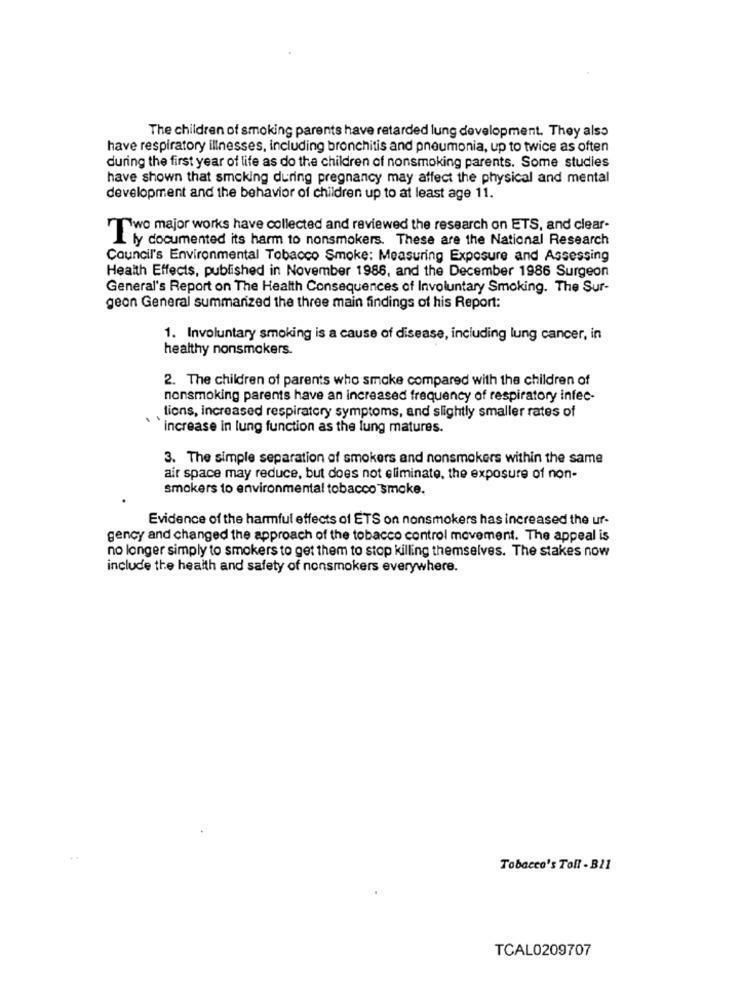
The children of smoking parents have retarded lung development. They also
have respiratory illnesses, including bronchitis and pneumonia, up to twice as often
during the first year of life as do the children of nonsmoking parents. Some studies
have shown that smoking during pregnancy may affect the physical and mental
development and the behavior of children up to at least age 11.
Two major works have collected and reviewed the research on ETS, and clear-
Lly documented its harm to nonsmokers. These are the National Research
Council's Environmental Tobacco Smoke: Measuring Exposure and Assessing
Health Effects, published in November 1986, and the December 1986 Surgeon
General's Report on The Health Consequences of Involuntary Smoking. The Sur-
geon General summarized the three main findings of his Report:
1. Involuntary smoking is a cause of disease, including lung cancer, in
healthy nonsmokers.
2. The children of parents who smoke compared with the children of
nonsmoking parents have an increased frequency of respiratory infec-
tions, increased respiratory symptoms, and slightly smaller rates of
increase in lung function as the lung matures.
3. The simple separation of smokers and nonsmokers within the same
air space may reduce, but does not eliminate, the exposure of non-
smokers to environmental tobacco smoke.
Evidence of the harmful effects of ETS on nonsmokers has increased the ur-
gency and changed the approach of the tobacco control movement. The appeal is
no longer simply to smokers to get them to stop killing themselves. The stakes now
include the health and safety of nonsmokers everywhere.
Tobacco's Toll - B21
TCAL0209707